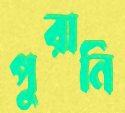
পুরানি